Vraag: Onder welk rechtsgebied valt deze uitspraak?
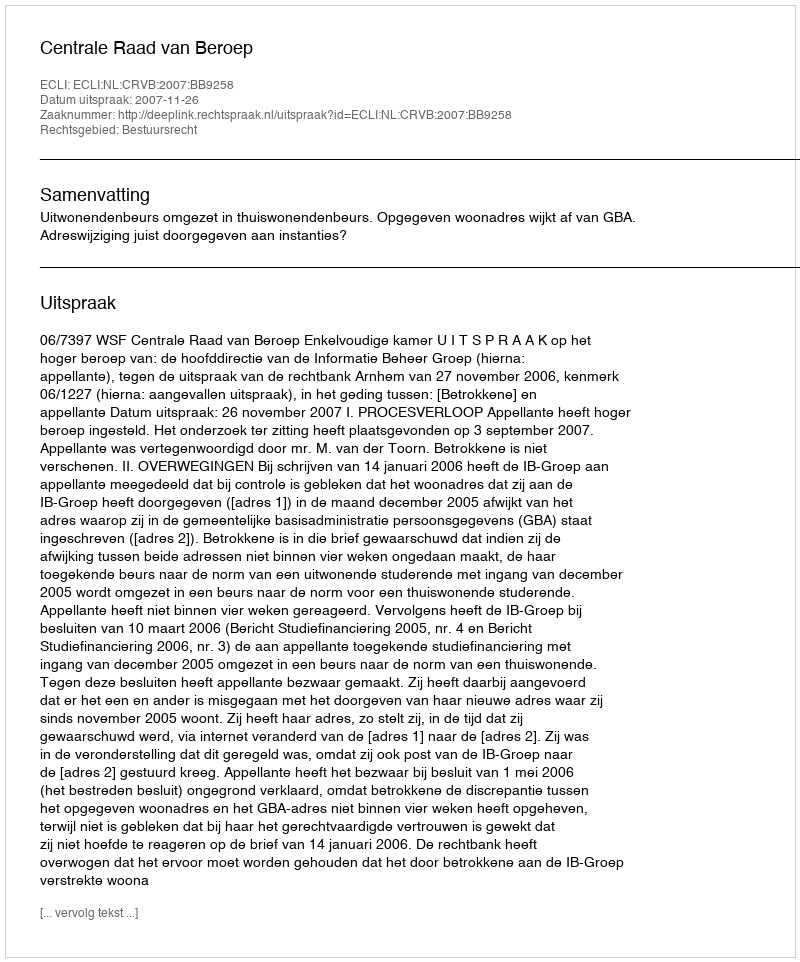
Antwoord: Bestuursrecht